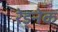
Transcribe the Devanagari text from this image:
रेड्नेक